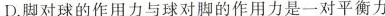
D.脚对球的作用力与球对脚的作用力是一对平衡力